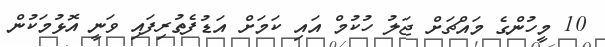
10 މީހުންގެ މައްޗަށް ޖަލު ހުކުމް އައި ކަމަށް އަޑުފެތުރިފައި ވަނީ އޮޅުމަކުން